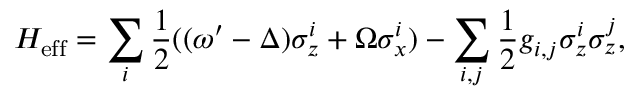
H _ { \mathrm { e f f } } = \sum _ { i } \frac { 1 } { 2 } ( ( \omega ^ { \prime } - \Delta ) \sigma _ { z } ^ { i } + \Omega \sigma _ { x } ^ { i } ) - \sum _ { i , j } \frac { 1 } { 2 } g _ { i , j } \sigma _ { z } ^ { i } \sigma _ { z } ^ { j } ,